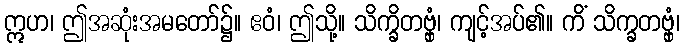
ဣဟ၊ ဤအဆုံးအမတော်၌။ ဧဝံ၊ ဤသို့။ သိက္ခိတဗ္ဗှံ၊ ကျင့်အပ်၏။ ကိံ သိက္ခတဗ္ဗှံ၊